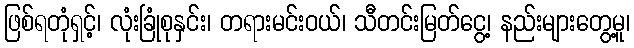
ဖြစ်ရတုံရှင့်၊ လုံးခြုံစုနှင်း၊ တရားမင်းဝယ်၊ သီတင်းမြတ်ငွေ့၊ နည်းများတွေ့မူ၊